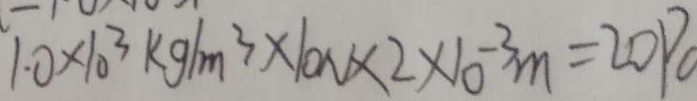
1 . 0 \times 1 0 ^ { 3 } k g / m ^ { 3 } \times 1 0 N \times 2 \times 1 0 ^ { - 3 } m = 2 0 P 0